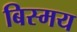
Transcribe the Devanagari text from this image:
बिस्मय